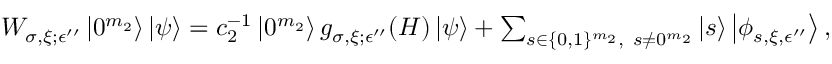
\begin{array} { r } { W _ { \sigma , \xi ; \epsilon ^ { \prime \prime } } \left| 0 ^ { m _ { 2 } } \right\rangle \left| \psi \right\rangle = c _ { 2 } ^ { - 1 } \left| 0 ^ { m _ { 2 } } \right\rangle g _ { \sigma , \xi ; \epsilon ^ { \prime \prime } } ( H ) \left| \psi \right\rangle + \sum _ { s \in \{ 0 , 1 \} ^ { m _ { 2 } } , ~ s \neq 0 ^ { m _ { 2 } } } \left| s \right\rangle \left| \phi _ { s , \xi , \epsilon ^ { \prime \prime } } \right\rangle , } \end{array}